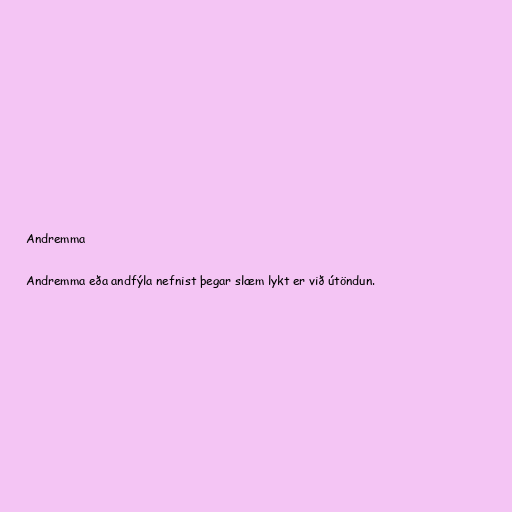
Andremma

Andremma eða andfýla nefnist þegar slæm lykt er við útöndun.